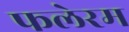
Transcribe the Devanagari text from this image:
फलेरम